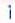
1